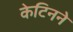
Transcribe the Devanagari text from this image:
केटिनने